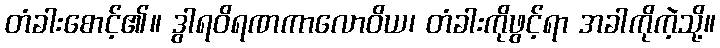
တံခါးစောင့်၏။ ဒွါရဝိရဏကာလောဝိယ၊ တံခါးကိုဖွင့်ရာ အခါကိုကဲ့သို့။